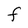
Character: f